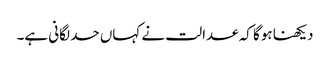
دیکھنا ہوگا کہ عدالت نے کہاں حد لگانی ہے۔